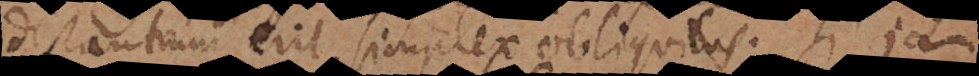
distantium erit simplex obliquitas. Si jam